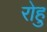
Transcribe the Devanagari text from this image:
रोहु